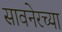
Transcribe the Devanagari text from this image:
सावनेरच्या